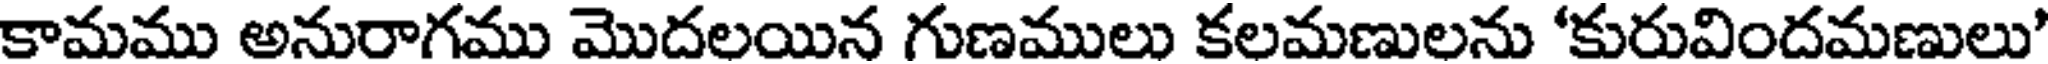
కామము అనురాగము మొదలయిన గుణములు కలమణులను 'కురువిందమణులు'